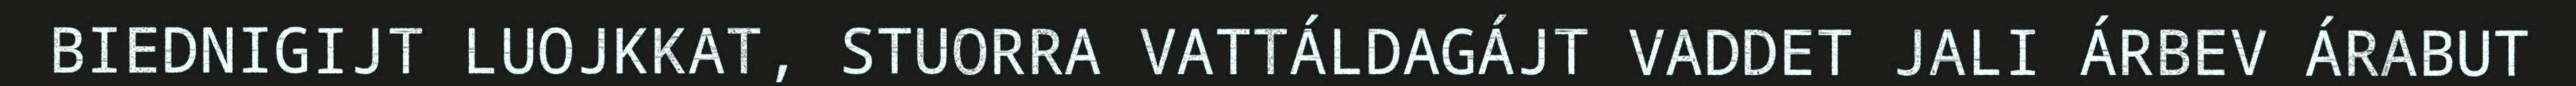
BIEDNIGIJT LUOJKKAT, STUORRA VATTÁLDAGÁJT VADDET JALI ÁRBEV ÁRABUT